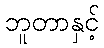
ဘူတာနှင့်